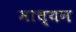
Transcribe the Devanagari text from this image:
माध्यन